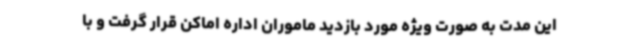
این مدت به صورت ویژه مورد بازدید ماموران اداره اماکن قرار گرفت و با